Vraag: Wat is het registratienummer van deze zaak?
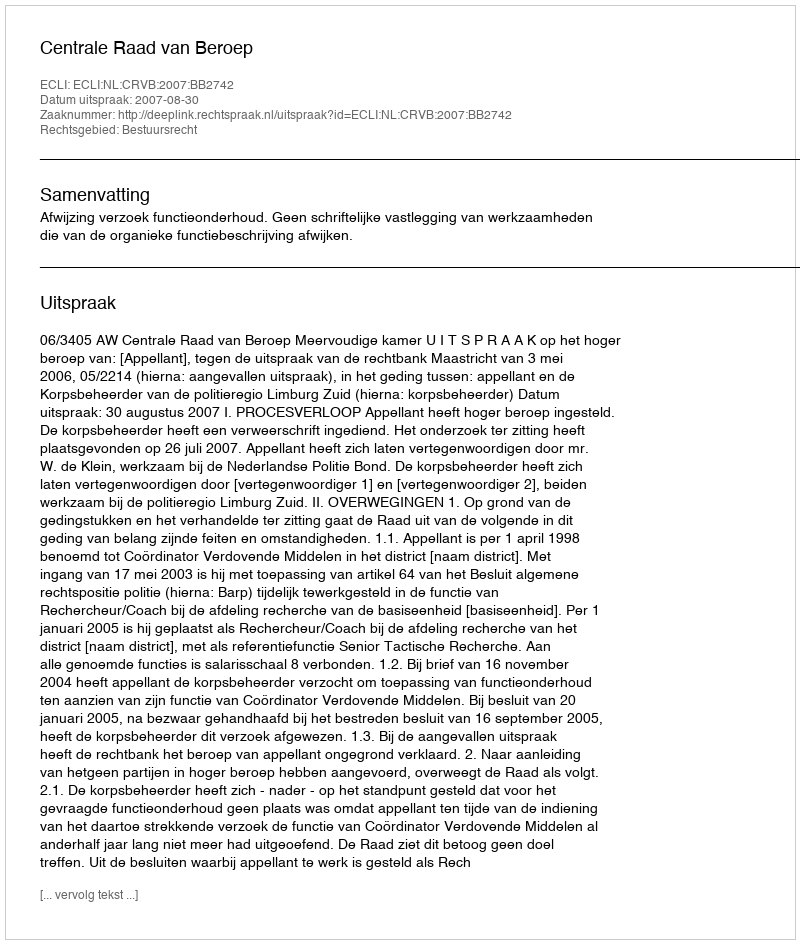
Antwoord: http://deeplink.rechtspraak.nl/uitspraak?id=ECLI:NL:CRVB:2007:BB2742